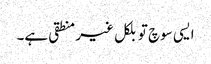
ایسی سوچ تو بلکل غیر منطقی ہے۔